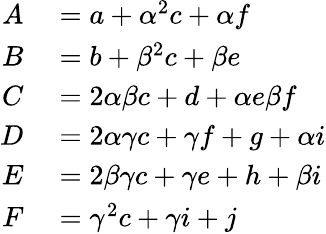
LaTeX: \begin{array}{rl}{A}&{{}=a+\alpha^{2}c+\alpha f}\\ {B}&{{}=b+\beta^{2}c+\beta e}\\ {C}&{{}=2\alpha\beta c+d+\alpha e\beta f}\\ {D}&{{}=2\alpha\gamma c+\gamma f+g+\alpha i}\\ {E}&{{}=2\beta\gamma c+\gamma e+h+\beta i}\\ {F}&{{}=\gamma^{2}c+\gamma i+j}\end{array}